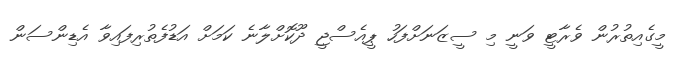
މީގެއިތުރުން ވެރާޓީ ވަނީ މި ސީޒަނަށްފަހު ޕީއެސްޖީ ދޫކޮށްލާނެ ކަމަށް އަޑުފެތުރިފައިވާ އެޑިންސަން